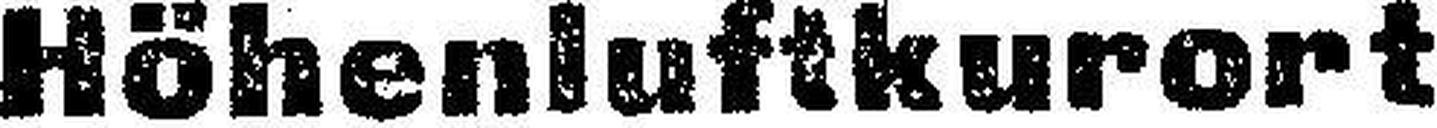
Höhenluftkurort